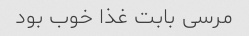
مرسی بابت غذا خوب بود